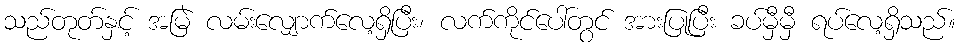
သည်တုတ်နှင့် အမြဲ လမ်းလျှောက်လေ့ရှိပြီး၊ လက်ကိုင်ပေါ်တွင် အားပြုပြီး ခပ်မှီမှီ ရပ်လေ့ရှိသည်။